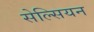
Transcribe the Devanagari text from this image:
सेल्सियन